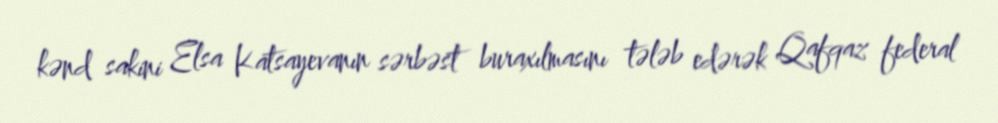
kənd sakini Elsa Katsayevanın sərbəst buraxılmasını tələb edərək Qafqaz federal